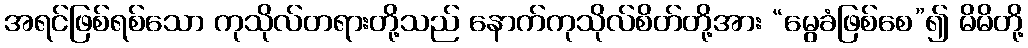
အရင်ဖြစ်ရစ်သော ကုသိုလ်တရားတို့သည် နောက်ကုသိုလ်စိတ်တို့အား “မွေခံဖြစ်စေ”၍ မိမိတို့